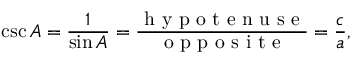
\csc A = { \frac { 1 } { \sin A } } = { \frac { \textrm { h y p o t e n u s e } } { \textrm { o p p o s i t e } } } = { \frac { c } { a } } ,